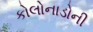
કોલોનાડોની